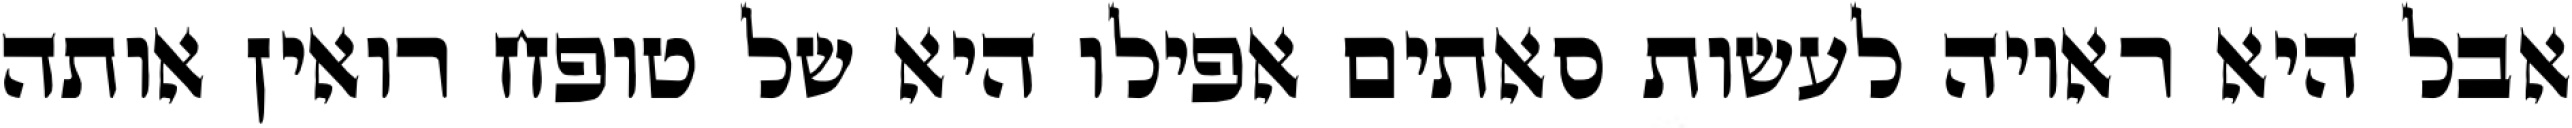
אבל היא ראויה לעשות סאתים אפילו היא של טופח רואין אותה